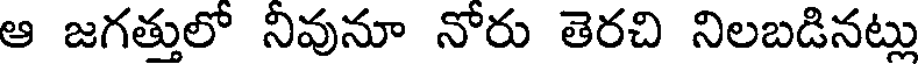
ఆ జగత్తులో నివునూ నోరు తెరచి నిలబడినట్లు